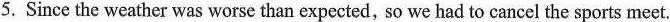
5. Since the weather was worse than expected, so we had to cancel the sports meet.